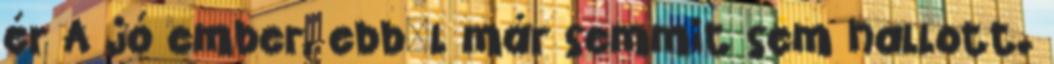
ér A jó ember, ebbıl már semmit sem hallott.